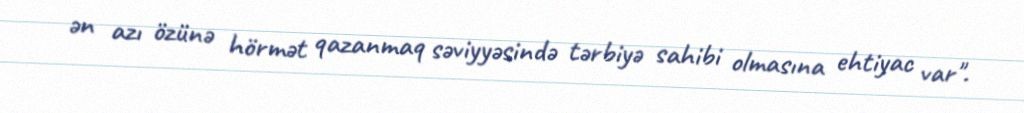
ən azı özünə hörmət qazanmaq səviyyəsində tərbiyə sahibi olmasına ehtiyac var".